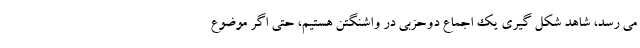
می رسد، شاهد شکل گیری یک اجماع دوحزبی در واشنگتن هستیم، حتی اگر موضوع